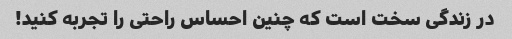
در زندگی سخت است که چنین احساس راحتی را تجربه کنید!